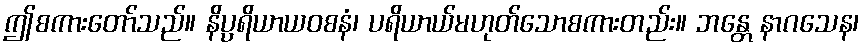
ဤစကားတော်သည်။ နိပ္ပရိယာယဝစနံ၊ ပရိယာယ်မဟုတ်သောစကားတည်း။ ဘန္တေ နာဂသေန၊